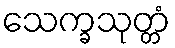
သေက္ခသုတ္တံ